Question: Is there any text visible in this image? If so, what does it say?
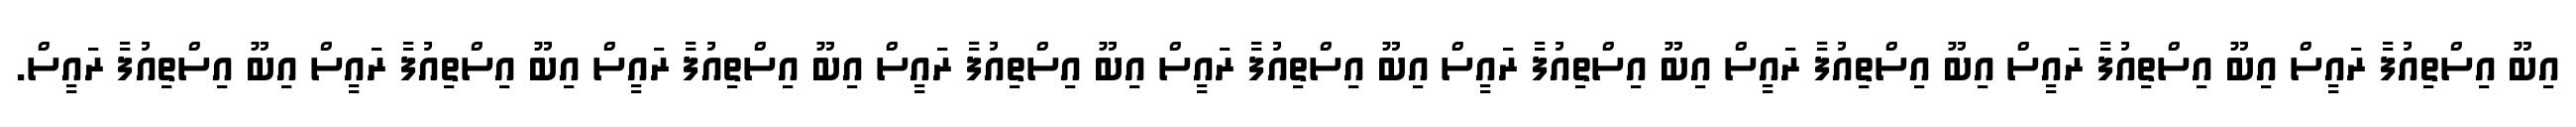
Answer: އިބޫ އިސްތިއުފާ ރައީސް އިބޫ އިސްތިއުފާ ރައީސް އިބޫ އިސްތިއުފާ ރައީސް އިބޫ އިސްތިއުފާ ރައީސް އިބޫ އިސްތިއުފާ ރައީސް އިބޫ އިސްތިއުފާ ރައީސް އިބޫ އިސްތިއުފާ ރައީސް އިބޫ އިސްތިއުފާ ރައީސް އިބޫ އިސްތިއުފާ ރައީސް.